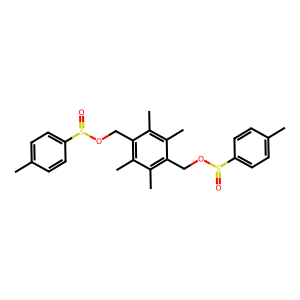
SMILES: Cc1ccc(S(=O)OCc2c(C)c(C)c(COS(=O)c3ccc(C)cc3)c(C)c2C)cc1
Inhibits HIV replication: No